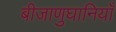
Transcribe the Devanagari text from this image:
बीजाणुघानियाँ